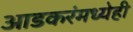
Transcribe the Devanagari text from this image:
आडकरंमध्येही